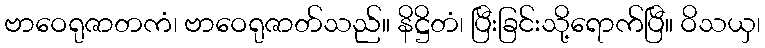
ဗာဝေရုဇာတကံ၊ ဗာဝေရုဇာတ်သည်။ နိဋ္ဌိတံ၊ ပြီးခြင်းသို့ရောက်ပြီ။ ဝိသယှ၊